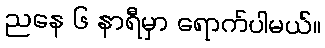
ညနေ ၆ နာရီမှာ ရောက်ပါမယ်။